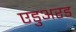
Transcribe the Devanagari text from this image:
एडुअरड